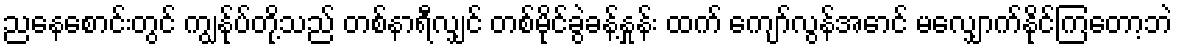
ညနေစောင်းတွင် ကျွန်ုပ်တို့သည် တစ်နာရီလျှင် တစ်မိုင်ခွဲခန့်နှုန်း ထက် ကျော်လွန်အောင် မလျှောက်နိုင်ကြတော့ဘဲ